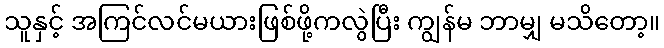
သူနှင့် အကြင်လင်မယားဖြစ်ဖို့ကလွဲပြီး ကျွန်မ ဘာမျှ မသိတော့။